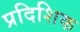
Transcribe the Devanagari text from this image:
प्रदिशिक